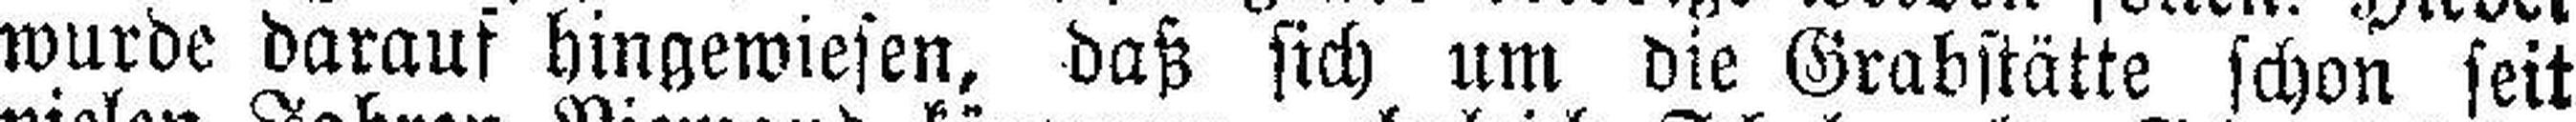
wurde darauf hingewiesen, daß sich um die Grabstätte schon seit